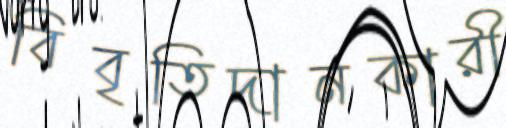
বিবৃতিদানকারী